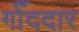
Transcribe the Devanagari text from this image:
गोँददार